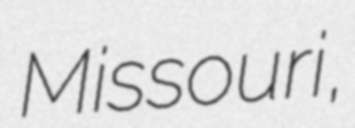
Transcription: Missouri,